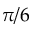
\pi / 6